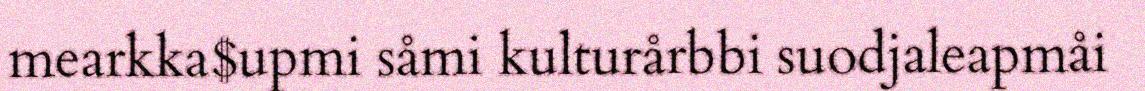
mearkka$upmi såmi kulturårbbi suodjaleapmåi